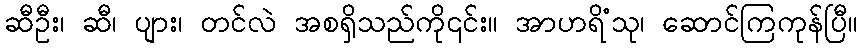
ဆီဦး၊ ဆီ၊ ပျား၊ တင်လဲ အစရှိသည်ကို၎င်း။ အာဟရိံသု၊ ဆောင်ကြကုန်ပြီ။